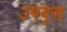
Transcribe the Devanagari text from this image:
उपवृत्त